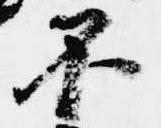
不